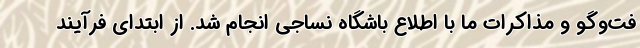
فت‌وگو و مذاکرات ما با اطلاع باشگاه نساجی انجام شد. از ابتدای فرآیند